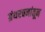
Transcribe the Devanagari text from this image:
ग्रंथरचनांतून